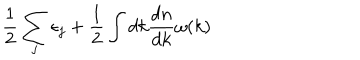
\frac { 1 } { 2 } \sum _ { j } \epsilon _ { j } + \frac { 1 } { 2 } \int d k \frac { d n } { d k } \omega ( k )